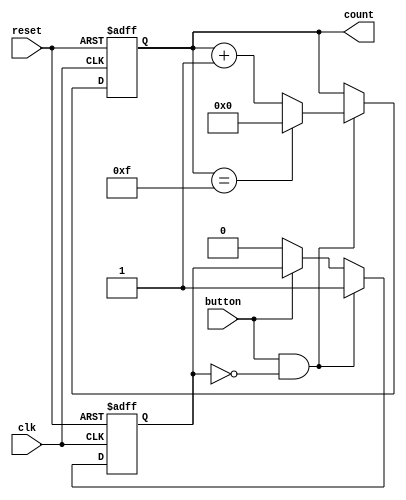
module counter (
    input wire clk,     // Clock input
    input wire reset,   // Reset input
    input wire button,  // Button input
    output reg [3:0] count // 4-bit counter output
);


reg button_pressed;        // Flag to detect button press

always @(posedge clk or posedge reset) begin
    if (reset) begin
        count <= 4'b0000; // Reset the counter to 0 when reset is active
        button_pressed <= 1'b0;
    end else if (button && !button_pressed) begin
        if (count == 4'b1111) begin
            count <= 4'b0000; // Reset to 0 when the maximum value is reached
        end else begin
            count <= count + 1; // Increment the counter on button press
        end
        button_pressed <= 1'b1;
    end else if (!button) begin
        button_pressed <= 1'b0;
    end
end

endmodule